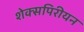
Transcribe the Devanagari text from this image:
शेक्सपिरीयन